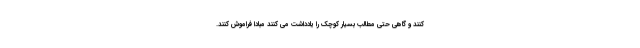
کنند و گاهی حتی مطالب بسیار کوچک را یادداشت می کنند مبادا فراموش کنند.